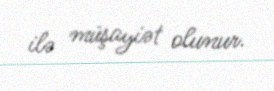
ilə müşayiət olunur.